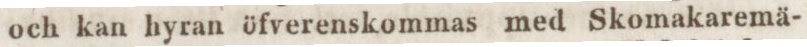
och kan hyran öfverenskommas med Skomakaremä-